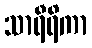
သာရီရိကာ